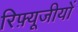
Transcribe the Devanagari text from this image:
रिफ़्यूजीयों